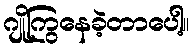
ဂျိုကြွနေခဲ့တာပေါ့။